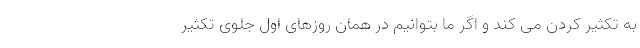
به تکثیر کردن می کند و اگر ما بتوانیم در همان روزهای اول جلوی تکثیر